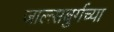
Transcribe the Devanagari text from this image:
जाल्त्सबुर्गच्या